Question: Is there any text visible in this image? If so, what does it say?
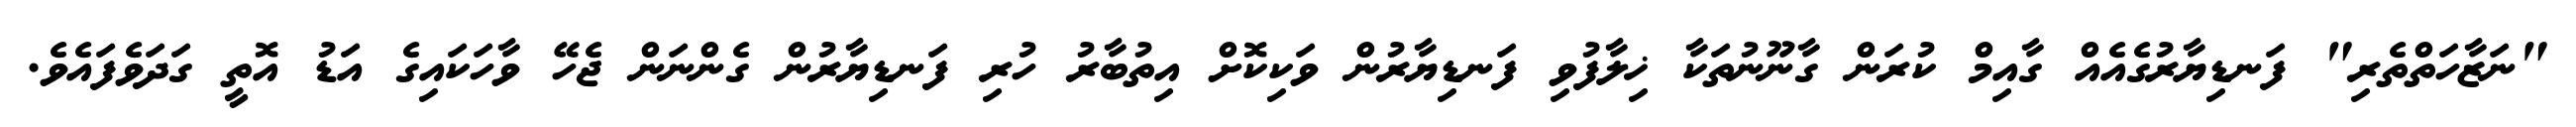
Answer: "ނަޒާހަތްތެރި" ފަނޑިޔާރުގެއެއް ގާއިމް ކުރަން ގާނޫނުތަކާ ޚިލާފުވި ފަނޑިޔާރުން ވަކިކޮށް އިތުބާރު ހުރި ފަނޑިޔާރުން ގެންނަން ޖެހޭ ވާހަކައިގެ އަޑު އޮތީ ގަދަވެފައެވެ.